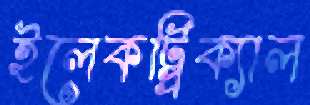
ইলেকট্র্রিক্যাল